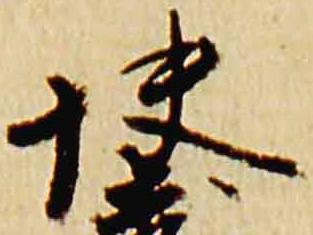
快